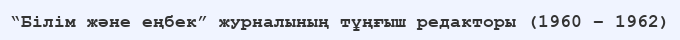
“Білім және еңбек” журналының тұңғыш редакторы (1960 – 1962)